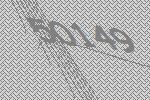
50149